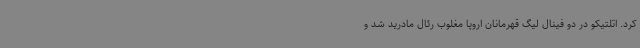
کرد. اتلتیکو در دو فینال لیگ قهرمانان اروپا مغلوب رئال مادرید شد و